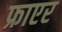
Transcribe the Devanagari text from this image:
फ्राएर